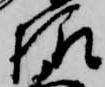
様